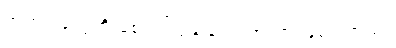
အကျင့်တွေကို စောင့်ကြည့်လေ့လာတာ ဖြစ်ပါတယ်။